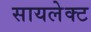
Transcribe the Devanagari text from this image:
सायलेक्ट